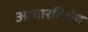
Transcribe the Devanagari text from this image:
आचारविशेष